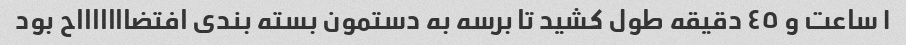
١ ساعت و ٤٥ دقیقه طول کشید تا برسه به دستمون بسته بندی افتضاااااااح بود